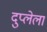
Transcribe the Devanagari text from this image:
दुप्लेला